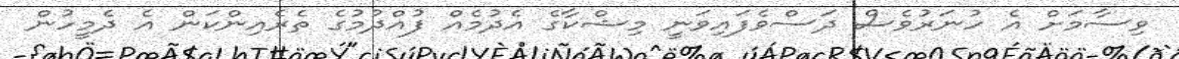
ވިސާމަށް އެ ހުނަރުވެސް ދަސްވެފައިވަނީ މިޝްކާގެ އެދުމެއް ފުއްދުމުގެ ތެރެއިންކަން އެ ދެމީހުން